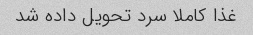
غذا کاملا سرد تحویل داده شد